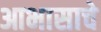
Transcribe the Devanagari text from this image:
आभासाचे